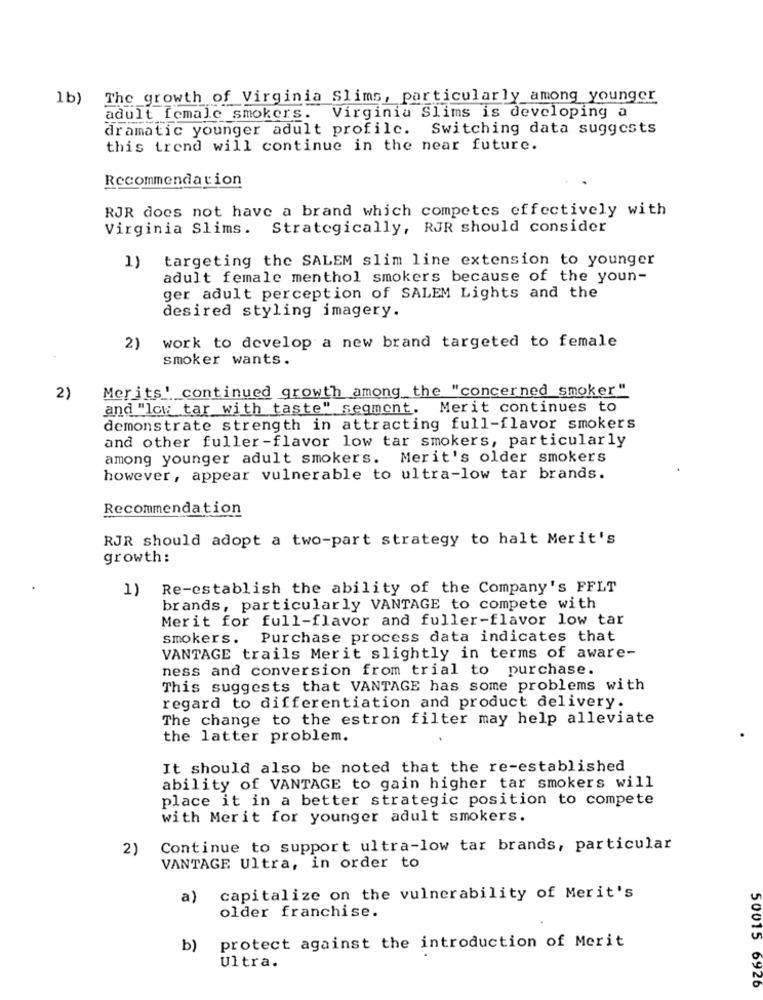
1b)
The growth of Virginia Slims, particularly among younger
adult female smokers. Virginia Slims is developing a
dramatic younger adult profile. Switching data suggests
this trend will continue in the near future.
Recommendation
RJR does not have a brand which competes effectively with
Virginia Slims. Strategically, RJR should consider
targeting the SALEM slim line extension to younger
1)
adult female menthol smokers because of the youn-
ger adult perception of SALEM Lights and the
desired styling imagery.
work to develop a new brand targeted to female
2)
smoker wants.
Merits' continued growth among the "concerned smoker"
2)
and "low tar with taste" segment.
Merit continues to
demonstrate strength in attracting full-flavor smokers
and other fuller-flavor low tar smokers, particularly
among younger adult smokers. Merit's older smokers
however, appear vulnerable to ultra-low tar brands.
Recommendation
RJR should adopt a two-part strategy to halt Merit's
growth:
Re-establish the ability of the Company's FFLT
1)
brands, particularly VANTAGE to compete with
Merit for full-flavor and fuller-flavor low tar
smokers. Purchase process data indicates that
VANTAGE trails Merit slightly in terms of aware-
ness and conversion from trial to purchase.
This suggests that VANTAGE has some problems with
regard to differentiation and product delivery.
The change to the estron filter may help alleviate
the latter problem.
It should also be noted that the re-established
ability of VANTAGE to gain higher tar smokers will
place it in a better strategic position to compete
with Merit for younger adult smokers.
2)
Continue to support ultra-low tar brands, particular
VANTAGE Ultra, in order to
a)
capitalize on the vulnerability of Merit's
older franchise.
b)
protect against the introduction of Merit
Ultra.
50015 6926